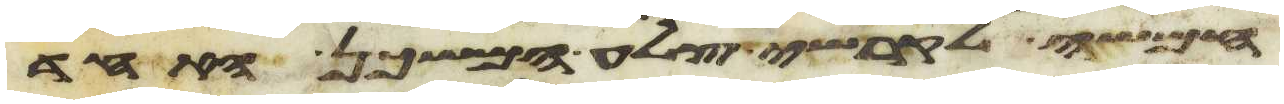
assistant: חמשה לקרשי צלע המשכן האחד